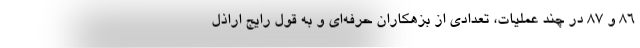
86 و 87 در چند عملیات، تعدادی از بزهکاران حرفه‌ای و به قول رایج اراذل